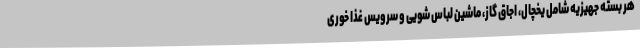
هر بسته جهیزیه شامل یخچال، اجاق گاز، ماشین لباس شویی و سرویس غذا خوری